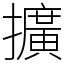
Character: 擴